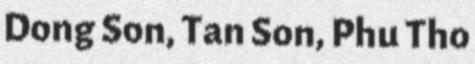
Dong Son, Tan Son, Phu Tho